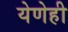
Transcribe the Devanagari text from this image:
येणेही